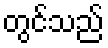
တွင်သည်